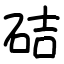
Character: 硈